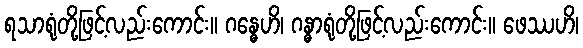
ရသာရုံတို့ဖြင့်လည်းကောင်း။ ဂန္ဓေဟိ၊ ဂန္ဓာရုံတို့ဖြင့်လည်းကောင်း။ ဖေဿဟိ၊